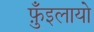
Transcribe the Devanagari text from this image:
फ़ुँइलायो